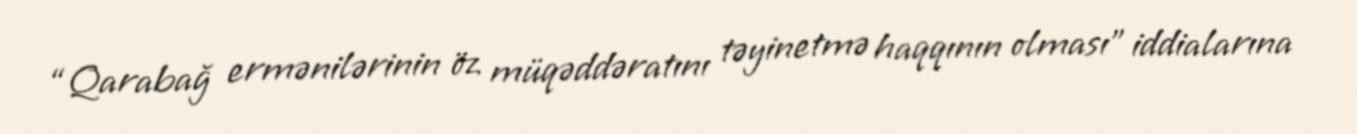
“Qarabağ ermənilərinin öz müqəddəratını təyinetmə haqqının olması” iddialarına